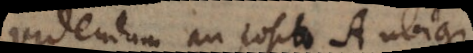
Videndum an posito A ubique